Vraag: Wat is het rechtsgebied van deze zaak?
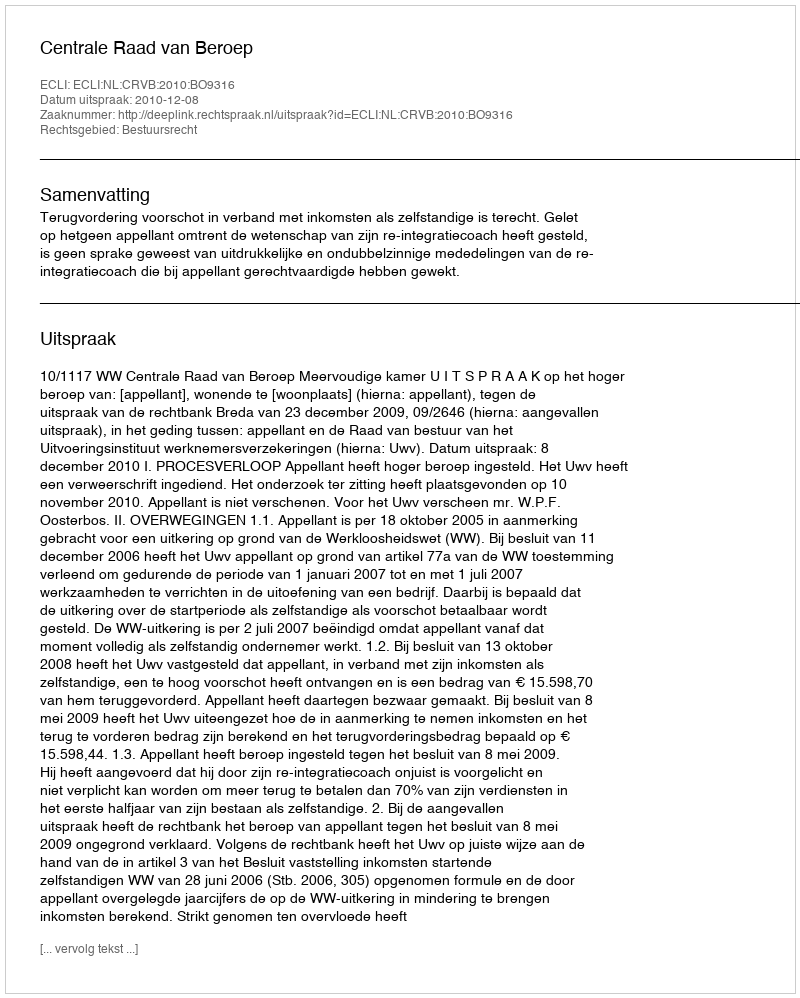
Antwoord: Bestuursrecht